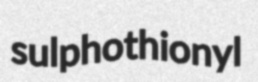
sulphothionyl